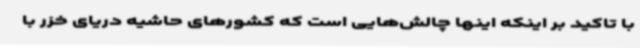
با تاکید بر اینکه اینها چالش‌هایی است که کشورهای حاشیه دریای خزر با